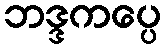
ဘဒ္ဒကပ္ပေ